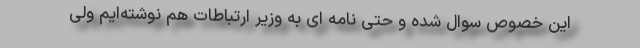
این خصوص سوال شده و حتی نامه ای به وزیر ارتباطات هم نوشته‌ایم ولی